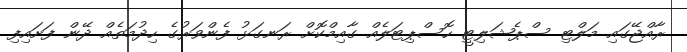
ރާއްޖޭގައި މަލްޓި ސްޕެޝަލިޓީ ހޮސްޕިޓަލެއް ގާއިމްކޮށް ރަނގަޅު ފެންވަރުގެ ހިދުމަތެއް ދޭން ފަށައިފި